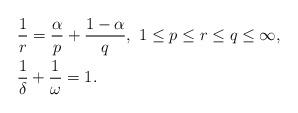
LaTeX: \begin{align*}&\frac{1}{r}=\frac{\alpha}{p}+\frac{1-\alpha}{q}, \ 1\leq p \leq r\leq q \leq \infty,\\&\frac{1}{\delta}+\frac{1}{\omega}=1.\end{align*}